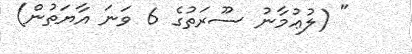
" (ލުޢުމާނު ސޫރަތުގެ 6 ވަނަ އާޔަތުން)